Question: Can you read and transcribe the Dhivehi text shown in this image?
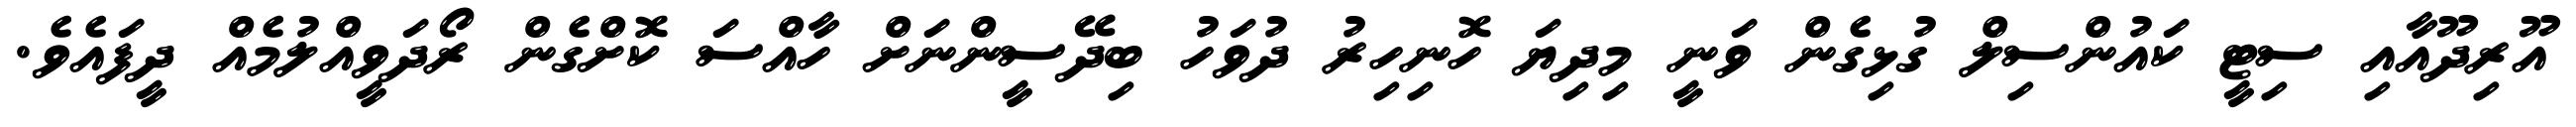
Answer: އޫރިދޫއާއި ސިޓީ ކައުންސިލް ގުޅިގެން ވަނީ މިދިޔަ ހޮނިހިރު ދުވަހު ބިދޭސީންނަށް ހާއްސަ ކޮށްގެން ރޯދަވީއްލުމެއް ދީފައެވެ.